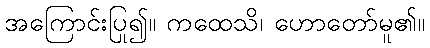
အကြောင်းပြု၍။ ကထေသိ၊ ဟောတော်မူ၏။